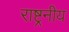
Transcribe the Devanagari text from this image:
राष्ट्रनीय